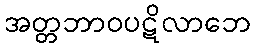
အတ္တဘာဝပဋိလာဘေ